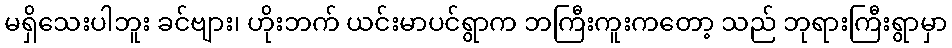
မရှိသေးပါဘူး ခင်ဗျား၊ ဟိုးဘက် ယင်းမာပင်ရွာက ဘကြီးကူးကတော့ သည် ဘုရားကြီးရွာမှာ